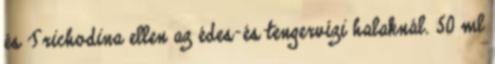
és Trichodina ellen az édes-és tengervízi halaknál. 50 ml